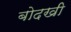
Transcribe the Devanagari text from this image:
बोदखी